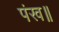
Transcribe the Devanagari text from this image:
पंख॥